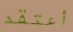
أعتقد